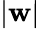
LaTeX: \vert\mathbf{w}\vert